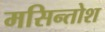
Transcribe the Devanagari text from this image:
मसिन्तोश